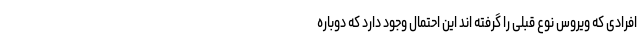
افرادی که ویروس نوع قبلی را گرفته اند این احتمال وجود دارد که دوباره